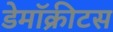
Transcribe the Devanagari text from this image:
डेमॉक्रीटस